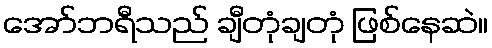
အော်ဘရီသည် ချီတုံချတုံ ဖြစ်နေဆဲ။